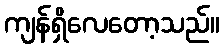
ကျန်ရှိလေတော့သည်။